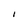
Character: I